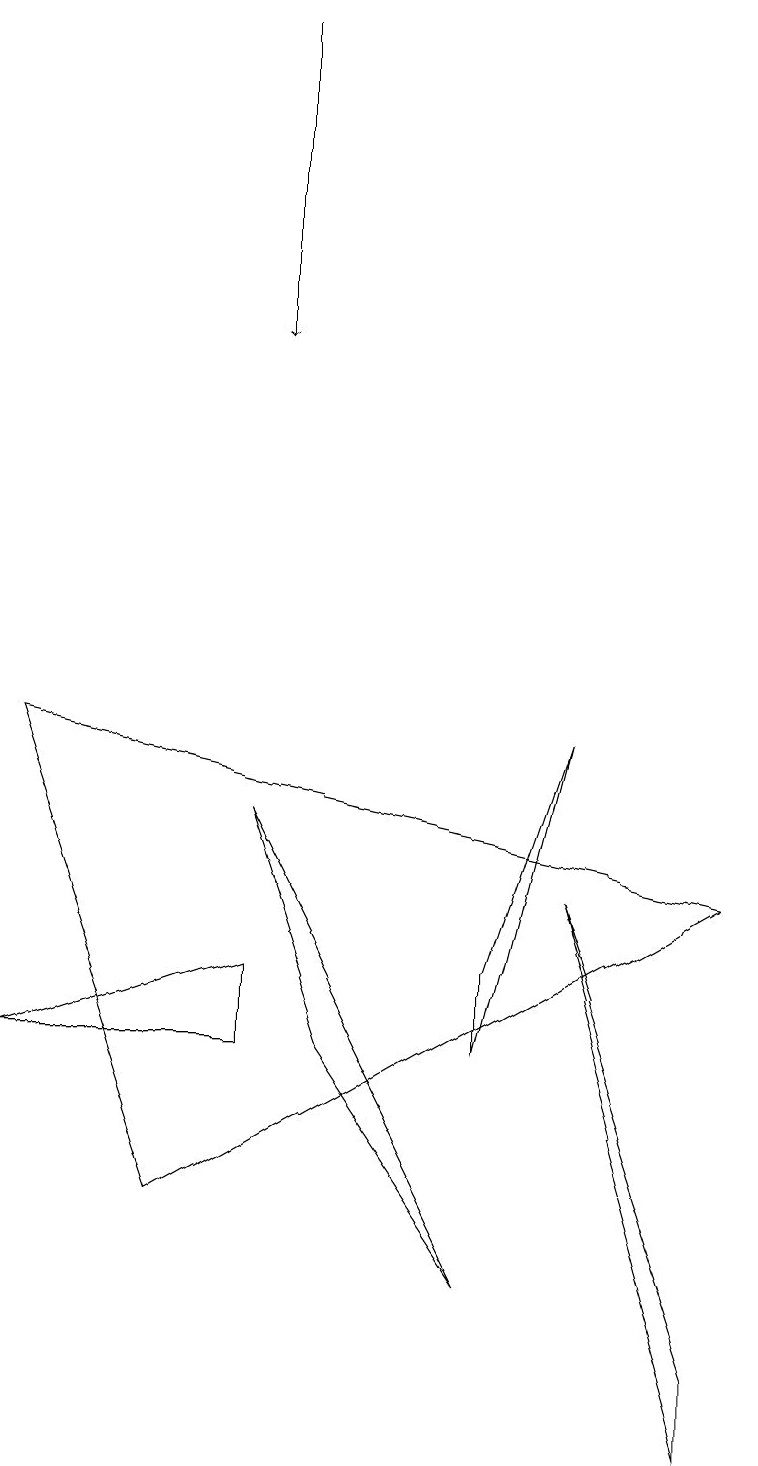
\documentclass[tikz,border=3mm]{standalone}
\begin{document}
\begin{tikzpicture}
\draw (2,3) -- (9,7) -- (0,9) -- cycle;
\draw[->] (3,18) -- (3,14);
\draw (9,1) -- (9,0) -- (7,7) -- cycle;
\draw (7,9) -- (6,6) -- (6,5) -- cycle;
\draw (3,6) -- (3,5) -- (0,5) -- cycle;
\draw (6,2) -- (3,8) -- (4,5) -- cycle;
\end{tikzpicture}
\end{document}